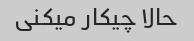
حالا چیکار میکنی